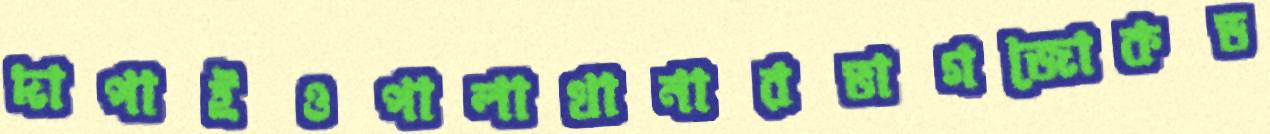
দাপাইওপালাখানারভাগজোকড